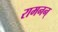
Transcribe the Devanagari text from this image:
रामनन्‌